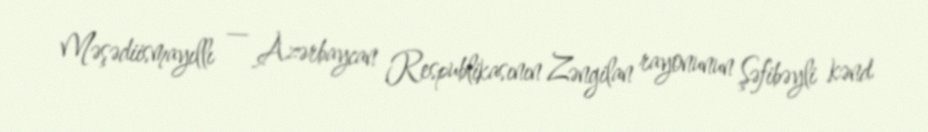
Məşədiismayıllı — Azərbaycan Respublikasının Zəngilan rayonunun Şəfibəyli kənd